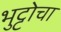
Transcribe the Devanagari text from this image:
भुट्टोचा